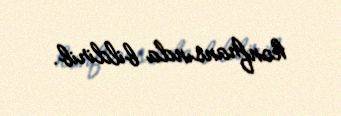
konfransında bildirib.